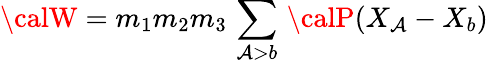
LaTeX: {\calW}=m_{1}m_{2}m_{3}\, \sum_{\mathcal{A}>b}\, {\calP}(X_{\mathcal{A}}-X_{b})